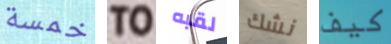
خمسة TO لقبه نشك كيف